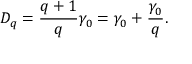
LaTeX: D _ { q } = \frac { q + 1 } { q } \gamma _ { 0 } = \gamma _ { 0 } + \frac { \gamma _ { 0 } } { q } .